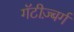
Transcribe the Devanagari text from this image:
गॅटीज़्बर्ग